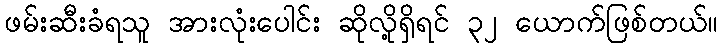
ဖမ်းဆီးခံရသူ အားလုံးပေါင်း ဆိုလို့ရှိရင် ၃၂ ယောက်ဖြစ်တယ်။